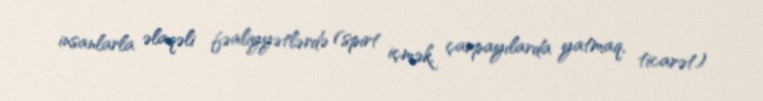
insanlarla əlaqəli fəaliyyətlərdə (spirt içmək, çarpayılarda yatmaq, ticarət)